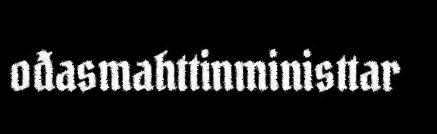
ođasmahttinministtar